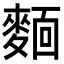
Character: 𬹃